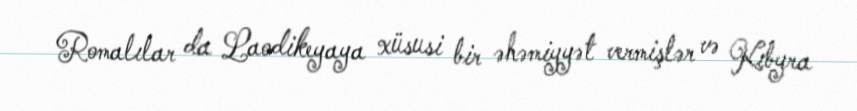
Romalılar da Laodikeyaya xüsusi bir əhəmiyyət vermişlər və Kıbyra